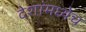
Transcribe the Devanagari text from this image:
देशांमध्येच